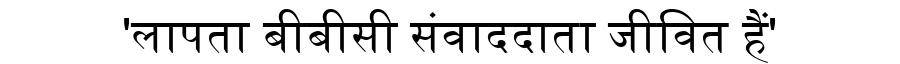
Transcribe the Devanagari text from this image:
'लापता बीबीसी संवाददाता जीवित हैं'